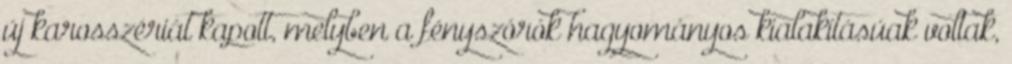
új karosszériát kapott, melyben a fényszórók hagyományos kialakításúak voltak,